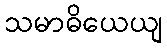
သမာဓိယေယျ